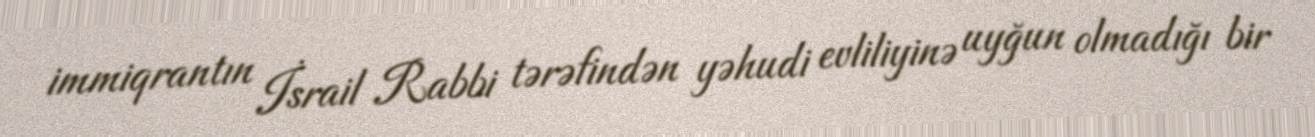
immiqrantın İsrail Rabbi tərəfindən yəhudi evliliyinə uyğun olmadığı bir